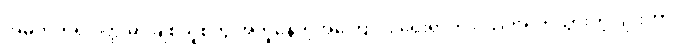
အမှတ်တရ ဝတ္ထုမှာ ချစ်သူစုံတွဲ အတူနေတဲ့အကြောင်း ရေးရာက ဂယက်ရိုက်သွားတဲ့ ဂျူးဟာ